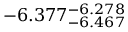
- 6 . 3 7 7 _ { - 6 . 4 6 7 } ^ { - 6 . 2 7 8 }